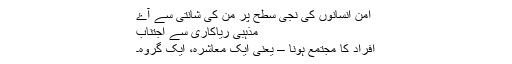
امن انسانوں کی نجی سطح پر من کی شانتی سے آۓ
مذہبی ریاکاری سے اجتناب
افراد کا مجتمع ہونا – یعنی ایک معاشرہ، ایک گروہ۔